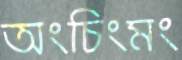
অংচিংমং